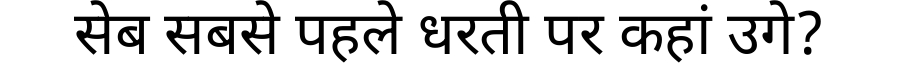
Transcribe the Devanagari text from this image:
सेब सबसे पहले धरती पर कहां उगे?